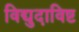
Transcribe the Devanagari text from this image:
विद्युदाविष्ट